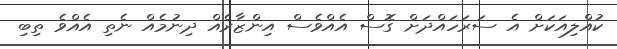
ކުއްލިއަކަށް އެ ސަރަހައްދަށް ގޮސް އެއްވެސް އިންޒާރެއް ދިނުމެއް ނެތި އެއްވެ ތިބި